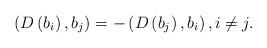
LaTeX: \begin{align*}\left( D\left( b_{i}\right) ,b_{j}\right) =-\left( D\left( b_{j}\right),b_{i}\right), i\neq j. \end{align*}